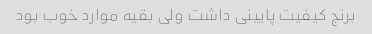
برنج کیفیت پایینی داشت ولی بقیه موارد خوب بود